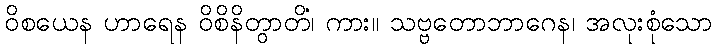
ဝိစယေန ဟာရေန ဝိစိနိတွာတိ၊ ကား။ သဗ္ဗတောဘာဂေန၊ အလုံးစုံသော